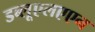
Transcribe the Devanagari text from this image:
डब्लूएलएएन